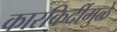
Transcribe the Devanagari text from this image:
कारकिर्दीमुळे